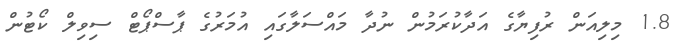
1.8 މިލިއަން ރުފިޔާގެ އަދާކުރަމުން ނުދާ މައްސަލާގައި އުމަރުގެ ޕާސްޕޯޓް ސިވިލް ކޯޓުން